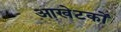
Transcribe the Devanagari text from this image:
आखेटकों